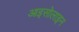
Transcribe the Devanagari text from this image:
आइसोलाइन